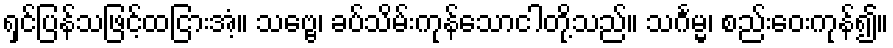
ရှင်ပြန်သဖြင့်ထငြားအံ့။ သဗ္ဗေ၊ ခပ်သိမ်းကုန်သောငါတို့သည်။ သင်္ဂမ္မ၊ စည်းဝေးကုန်၍။